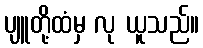
ပျူတို့ထံမှ လု ယူသည်။